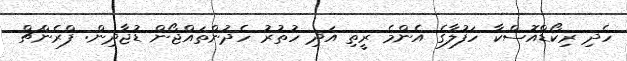
ހެދި ރިކޯޑްއޮސްކާ ހަފުލާގެ އެންމެ ރީތި އަދި ހުތުރު ހެދުންތައްޖޯން ޑުޖާދިން: ފްރެންޗް